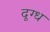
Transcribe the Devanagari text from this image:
दूग्ध